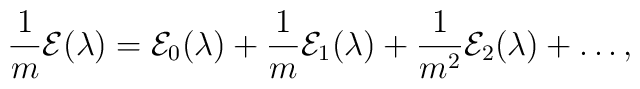
\frac{1}{m} {\cal E}(\lambda) = {\cal E}_0 (\lambda) + \frac{1}{m} {\cal E}_1 (\lambda) + \frac{1}{m^2} {\cal E}_2 (\lambda)+ \ldots ,